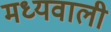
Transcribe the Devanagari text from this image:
मध्यवाली